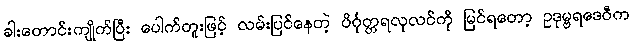
ခါးတောင်းကျိုက်ပြီး ပေါက်တူးဖြင့် လမ်းပြင်နေတဲ့ ပိင်္ဂုတ္တရလုလင်ကို မြင်ရတော့ ဥဒုမ္ဗရဒေဝီက